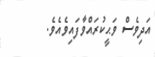
އަދިވެސް ވަޙީކުރައްވާފައިވެއެވެ.